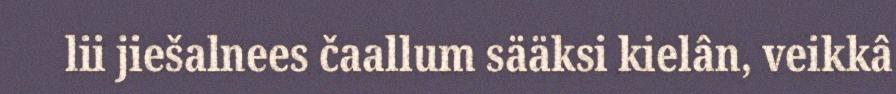
lii jiešalnees čaallum sääksi kielân, veikkâ